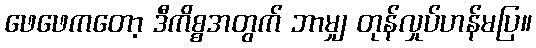
ဖေဖေကတော့ ဒီကိစ္စအတွက် ဘာမျှ တုန်လှုပ်ဟန်မပြ။